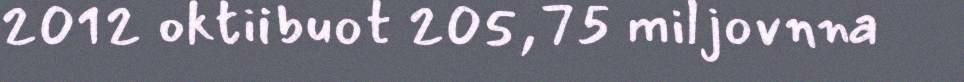
2012 oktiibuot 205,75 miljovnna